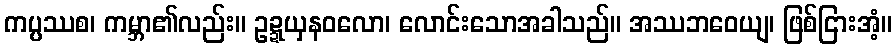
ကပ္ပဿစ၊ ကမ္ဘာ၏လည်း။ ဥဍ္ဍယှနဝလော၊ လောင်းသောအခါသည်။ အဿဘဝေယျ၊ ဖြစ်ငြားအံ့။